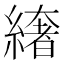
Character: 𦅁